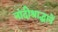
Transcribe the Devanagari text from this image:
नांदीश्राद्धानें